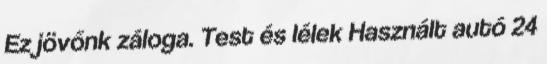
Ez jövőnk záloga. Test és lélek Használt autó 24